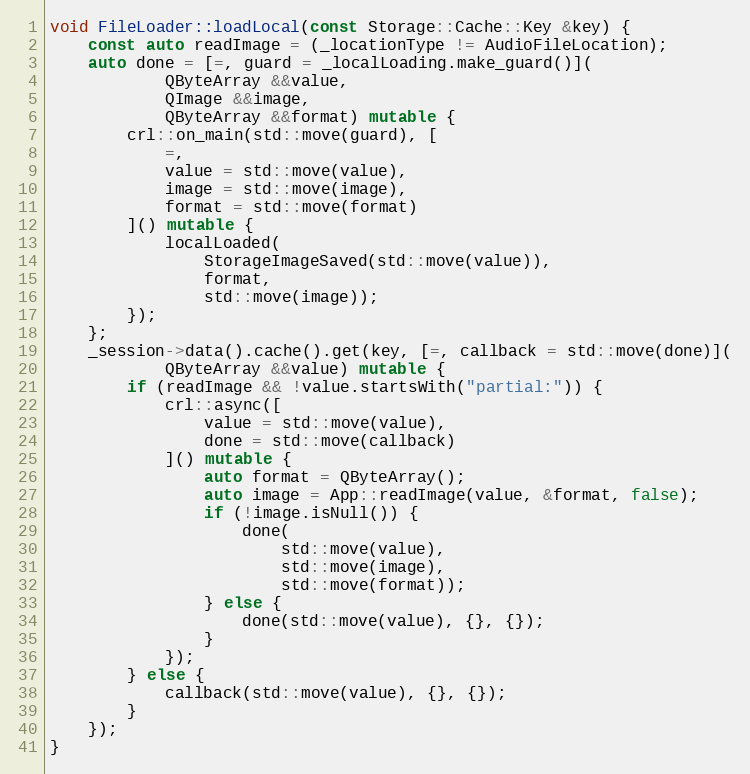
Language: C++
void FileLoader::loadLocal(const Storage::Cache::Key &key) {
	const auto readImage = (_locationType != AudioFileLocation);
	auto done = [=, guard = _localLoading.make_guard()](
			QByteArray &&value,
			QImage &&image,
			QByteArray &&format) mutable {
		crl::on_main(std::move(guard), [
			=,
			value = std::move(value),
			image = std::move(image),
			format = std::move(format)
		]() mutable {
			localLoaded(
				StorageImageSaved(std::move(value)),
				format,
				std::move(image));
		});
	};
	_session->data().cache().get(key, [=, callback = std::move(done)](
			QByteArray &&value) mutable {
		if (readImage && !value.startsWith("partial:")) {
			crl::async([
				value = std::move(value),
				done = std::move(callback)
			]() mutable {
				auto format = QByteArray();
				auto image = App::readImage(value, &format, false);
				if (!image.isNull()) {
					done(
						std::move(value),
						std::move(image),
						std::move(format));
				} else {
					done(std::move(value), {}, {});
				}
			});
		} else {
			callback(std::move(value), {}, {});
		}
	});
}